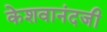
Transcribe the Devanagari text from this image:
केशवानंदजी